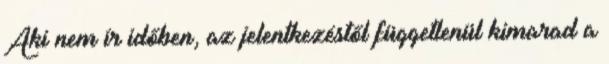
Aki nem ír időben, az jelentkezéstől függetlenül kimarad a